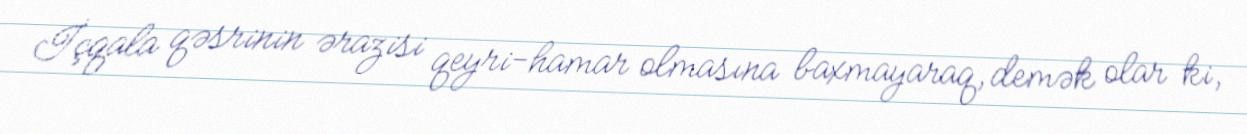
İçqala qəsrinin ərazisi qeyri-hamar olmasına baxmayaraq, demək olar ki,